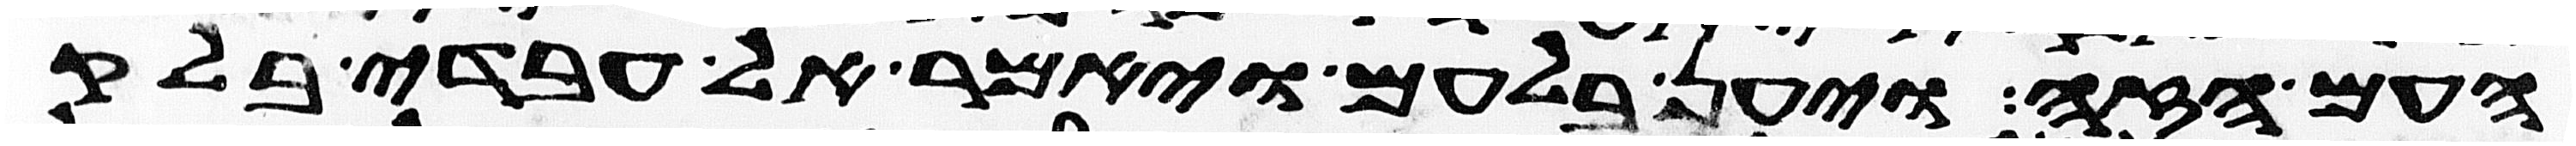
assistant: העם הזה ויען בלעם ויאמר אל עבדי בלק